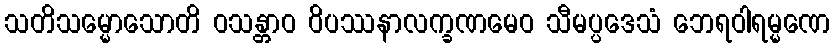
သတိသမ္မောသောတိ ဝသန္တာဝ ဝိပဿနာလက္ခဏမေဝ သီမပ္ပဒေသံ ဘေရဝါရမ္မဏေ